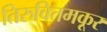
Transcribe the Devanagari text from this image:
तिरुवितमकूर